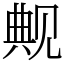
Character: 觍